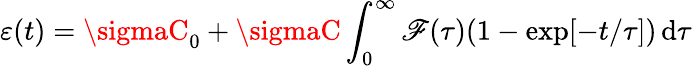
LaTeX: \varepsilon(t)=\sigmaC_{0}+\sigmaC\int_{0}^{\infty}\mathscr{F}(\tau)(1-\exp[-t/\tau])\, \mathrm{{d}}\tau